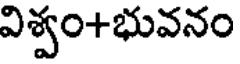
విశ్వం+భువనం